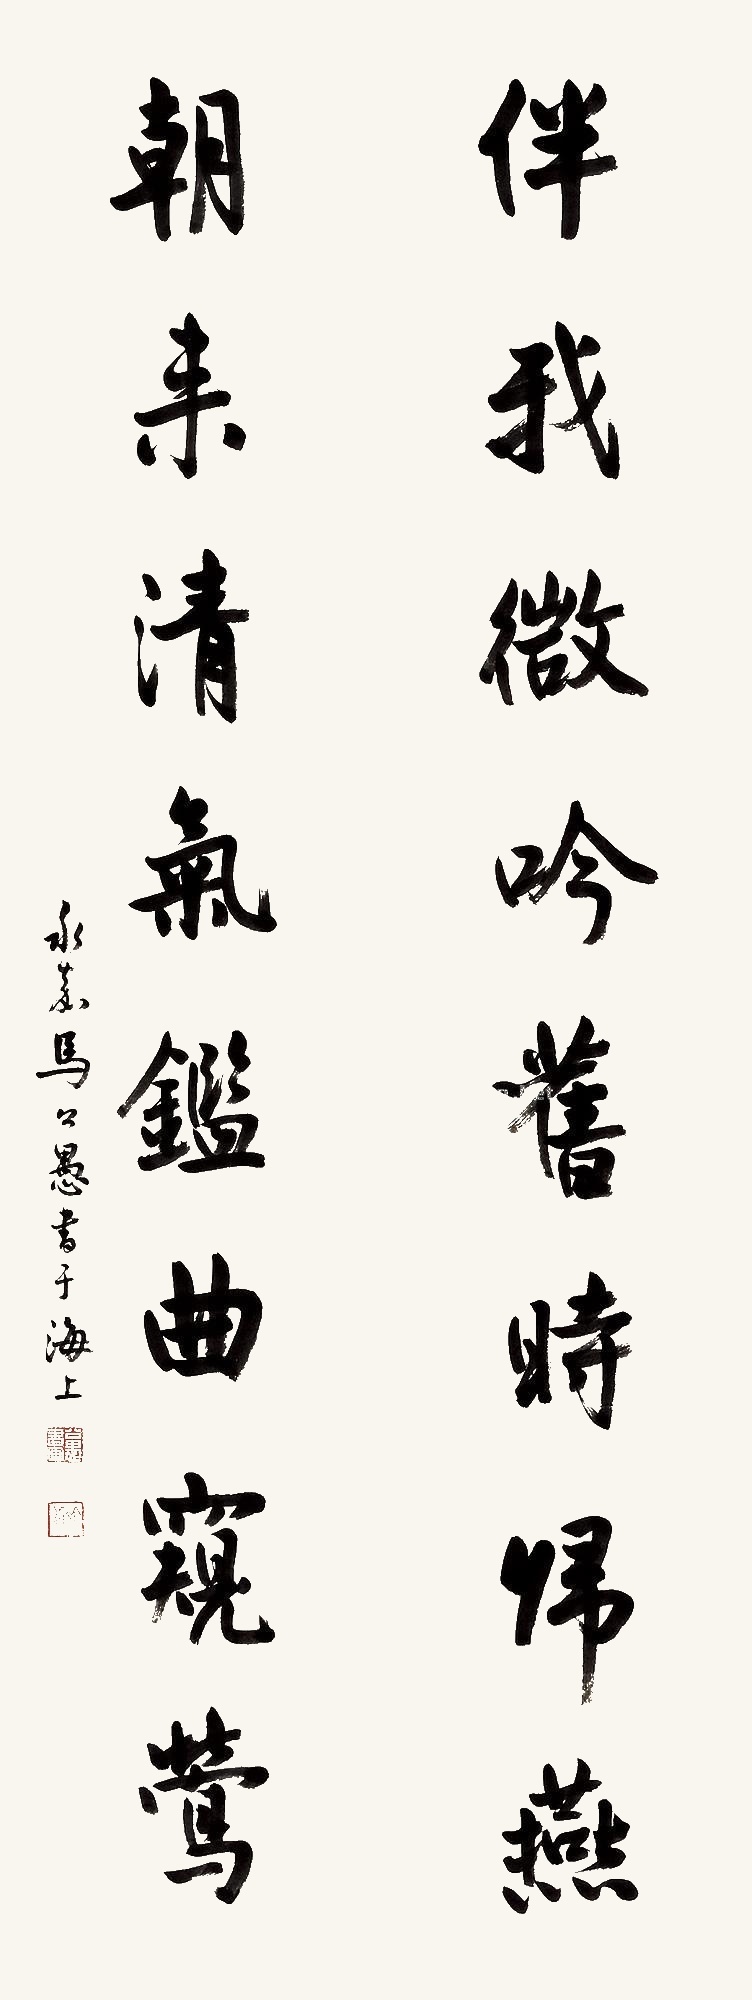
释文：伴我微吟旧时归燕，朝来清气鉴曲窥莺。永嘉马公愚书于海上。